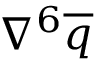
\nabla ^ { 6 } \overline { { q } }